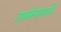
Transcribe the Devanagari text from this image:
उपसेनापती